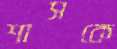
শাসকে